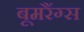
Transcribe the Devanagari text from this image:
बूमरैंग्स